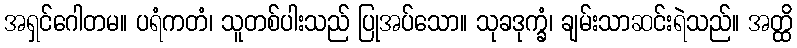
အရှင်ဂေါတမ။ ပရံကတံ၊ သူတစ်ပါးသည် ပြုအပ်သော။ သုခဒုက္ခံ၊ ချမ်းသာဆင်းရဲသည်။ အတ္ထိ